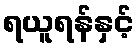
ရယူရန်နှင့်